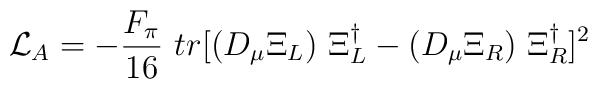
{\cal{L}}_A= -\frac{F_\pi}{16}~tr[(D_\mu \Xi_L)~\Xi_L^\dag - (D_\mu \Xi_R)~\Xi_R^\dag]^2